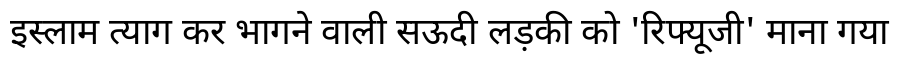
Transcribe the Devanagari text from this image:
इस्लाम त्याग कर भागने वाली सऊदी लड़की को 'रिफ्यूजी' माना गया